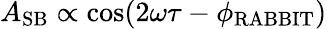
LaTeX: A_{\mathrm{SB}}\propto\cos(2\omega\tau-\phi_{\mathrm{RABBIT}})